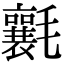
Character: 𣰶